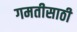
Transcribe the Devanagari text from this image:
गमतीसाठी